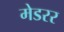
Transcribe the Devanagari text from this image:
मेडरर